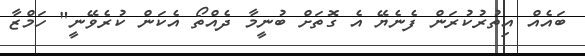
ބައެއް އިތުރުކުރަން ފެނެޔޭ އެ ގޮތަށް ބުނީމާ ދެއްތޯ އެކަން ކުރެވޭނީ" ހަމްޒާ